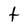
Character: t